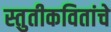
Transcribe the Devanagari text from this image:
स्तुतीकवितांचे